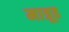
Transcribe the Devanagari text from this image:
मात्रूह